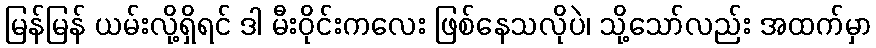
မြန်မြန် ယမ်းလို့ရှိရင် ဒါ မီးဝိုင်းကလေး ဖြစ်နေသလိုပဲ၊ သို့သော်လည်း အထက်မှာ